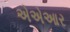
એએઆર